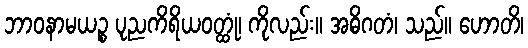
ဘာဝနာမယဉ္စ ပုညကိရိယဝတ္ထုံ၊ ကိုလည်း။ အဓိဂတံ၊ သည်။ ဟောတိ၊